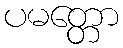
ပမတ္တော